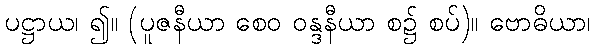
ပဋ္ဌာယ၊ ၍။ (ပူဇနီယာ စေဝ ဝန္ဒနီယာ စ၌ စပ်)။ ဗောဓိယာ၊